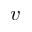
v